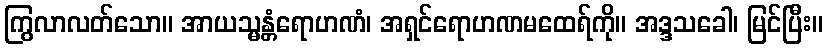
ကြွလာလတ်သော။ အာယသ္မန္တံရောဟဏံ၊ အရှင်ရောဟဏမထေရ်ကို။ အဒ္ဒသခေါ၊ မြင်ပြီး။